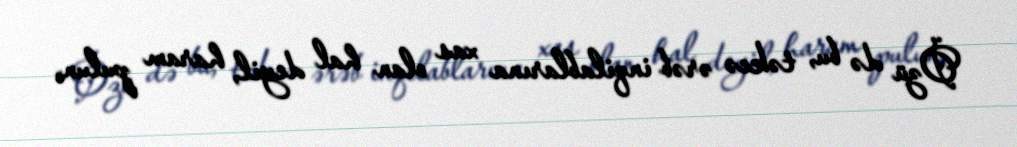
Özü də bu, təkcə ərəb inqilablarına xas olan hal deyil, haram pulun,